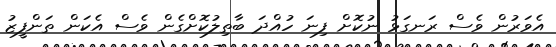
އެވަރުން ވެސް ރަނގަޅު ނުކޮށް ފިނަ ހުއްދަ ބާތިލުކޮށްގެން ވެސް އެކަން ތަންފީޒު